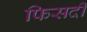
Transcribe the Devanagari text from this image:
फिसदी